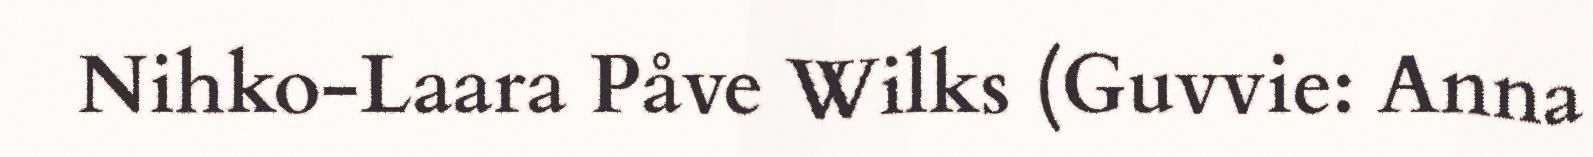
Nihko-Laara Påve Wilks (Guvvie: Anna